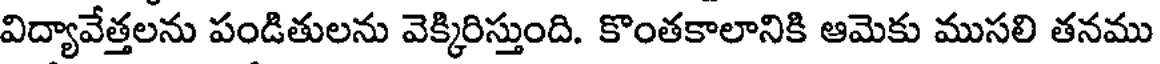
విద్యావేత్తలను పండితులను వెక్కిరిస్తుంది. కొంతకాలానికి ఆమెకు ముసలి తనము